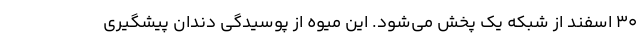
30 اسفند از شبکه یک پخش می‌شود. این میوه از پوسیدگی دندان پیشگیری